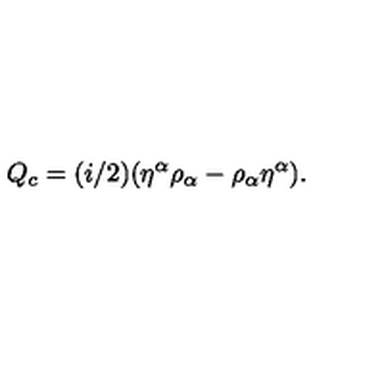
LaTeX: Q _ { c } = ( i / 2 ) ( { \eta } ^ { \alpha } { \rho } _ { \alpha } - { \rho } _ { \alpha } { \eta } ^ { \alpha } ) .